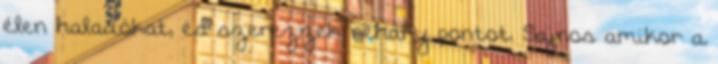
élen haladókat, és szerezzek néhány pontot. Sajnos amikor a